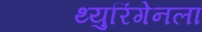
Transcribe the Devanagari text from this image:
थ्युरिंगेनला